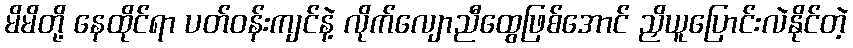
မိမိတို့ နေထိုင်ရာ ပတ်ဝန်းကျင်နဲ့ လိုက်လျောညီထွေဖြစ်အောင် ညှိယူပြောင်းလဲနိုင်တဲ့